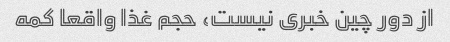
از دور چین خبری نیست، حجم غذا واقعا کمه